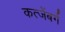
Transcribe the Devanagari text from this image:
कत्जेंबर्ग